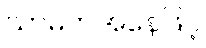
သာဓကအနေဖြင့်